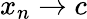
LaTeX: x_{n}\to c